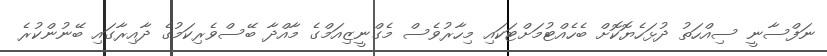
ނަފްސާނީ ސިއްހަތު ދުޅަހެޔޮކޮށް ބެހެއްޓުމަށްޓަކައި މިހާރުވެސް މެގްނީޒިއަމްގެ މާއްދާ ބޭސްވެރިކަމުގެ ދާއިރާގައި ބޭނުންކުރެ